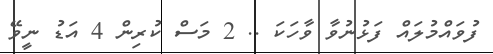
ފުވައްމުލައް ފަޅުނުވާ ވާހަކަ .. 2 މަސް ކުރިން 4 އަޑު ނީވޭ